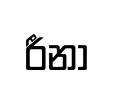
රීනා